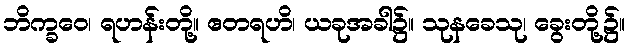
ဘိက္ခဝေ၊ ရဟန်းတို့။ ဧတရဟိ၊ ယခုအခါ၌။ သုနခေသု၊ ခွေးတို့၌။